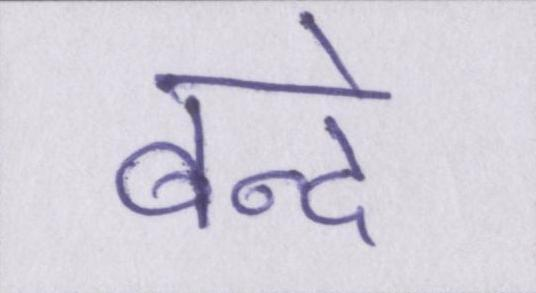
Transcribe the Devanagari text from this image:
बन्दे